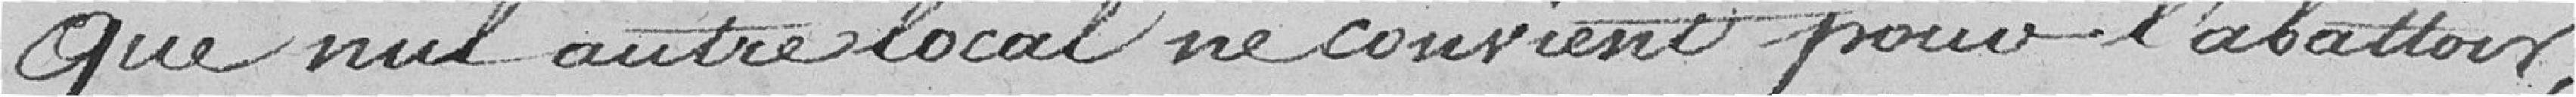
Que nul autre local ne convient pour l'abattoir,